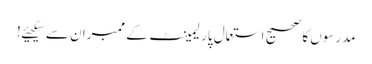
مدرسوں کا صحیح استعمال پارلیمینٹ کے ممبران سے سیکھیئے!